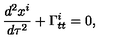
\frac { d ^ { 2 } x ^ { i } } { d \tau ^ { 2 } } + \Gamma _ { t t } ^ { i } = 0 ,